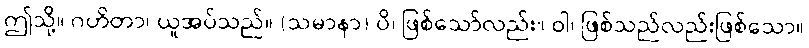
ဤသို့။ ဂဟိတာ၊ ယူအပ်သည်။ (သမာနာ) ပိ၊ ဖြစ်သော်လည်း။ ဝါ၊ ဖြစ်သည်လည်းဖြစ်သော။